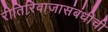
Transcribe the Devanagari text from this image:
रीतिरिवाजासंबंधीची